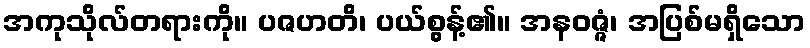
အကုသိုလ်တရားကို။ ပဇဟတိ၊ ပယ်စွန့်၏။ အနဝဇ္ဇံ၊ အပြစ်မရှိသော